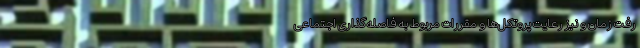
رفت زمان و نیز رعایت پروتکل‌ها و مقررات مربوط به فاصله‌گذاری اجتماعی